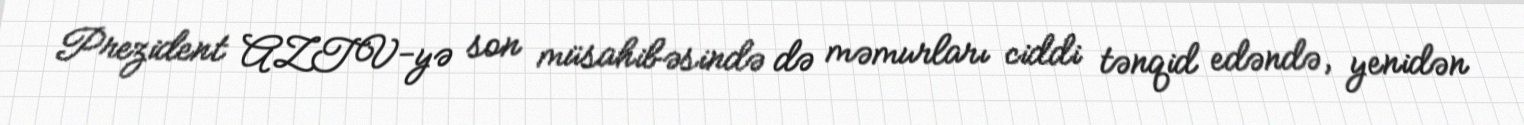
Prezident AZTV-yə son müsahibəsində də məmurları ciddi tənqid edəndə, yenidən